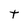
Character: t